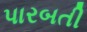
પારબતી